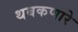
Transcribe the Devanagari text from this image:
थबकणारे